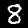
Digit: 8